Civil Veterinary Department Bengal reports 1933-51 - 1933-1951
Year: 1933
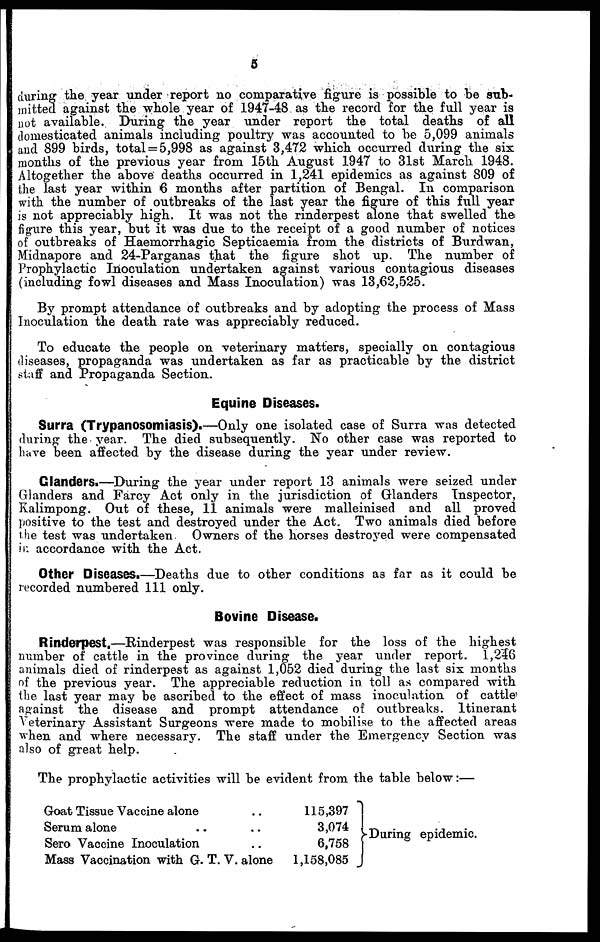
5
(luring the year under report no comparative figure is possible to be sub-
mitted against the whole year of 1947-48 as the record for the full year is
not available. During the year under report the total deaths of all
domesticated animals including poultry was accounted to be 5,099 animals
and 899 birds, total = 5,998 as against 3,472 which occurred during the six
months of the previous year from 15th August 1947 to 31st March 1948.
Altogether the above deaths occurred in 1,241 epidemics as against 809 of
the last year within 6 months after partition of Bengal. In comparison
with the number of outbreaks of the last year the figure of this full year
is not appreciably high. It was not the rinderpest alone that swelled the
figure this year, but it was due to the receipt of a good number of notices
of outbreaks of Haemorrhagic Septicaemia from the districts of Burdwan,
Midnapore and 24-Parganas that the figure shot up. The number of
Prophylactic Inoculation undertaken against various contagious diseases
(including fowl diseases and Mass Inoculation) was 13,62,525.
By prompt attendance of outbreaks and by adopting the process of Mass
Inoculation the death rate was appreciably reduced.
To educate the people on veterinary matters, specially on contagious
diseases, propaganda was undertaken as far as practicable by the district
staff and Propaganda Section.
Equine Diseases.
Surra (Trypanosomiasis).—Only one isolated case of Surra was detected
during the year. The died subsequently. No other case was reported to
have been affected by the disease during the year under review.
Glanders.—During the year under report 13 animals were seized under
Glanders and Farcy Act only in the jurisdiction of Glanders Inspector,
Kalimpong. Out of these, 11 animals were malleinised and all proved
positive to the test and destroyed under the Act. Two animals died before
the test was undertaken
Owners of the horses destroyed were compensated
in accordance with the Act.
Other Diseases.—Deaths due to other conditions as far as it could be
recorded numbered 111 only.
Bovine Disease.
Rinderpest.—Rinderpest was responsible for the loss of the highest
number of cattle in the province during the year under report. 1,236
animals died of rinderpest as against 1,052 died during the last six months
of the previous year. The appreciable reduction in toll as compared with
the last year may be ascribed to the effect of mass inoculation of cattle
against the disease and prompt attendance of outbreaks. Itinerant
Veterinary Assistant Surgeons were made to mobilise to the affected areas
when and where necessary. The staff under the Emergency Section was
also of great help.
The prophylactic activities will be evident from the table below :—
Goat Tissue Vaccine alone ..
Serum alone .. ..
Sero Vaccine Inoculation ..
Mass Vaccination with G. T. V. alone
115,397
3,074
6,758
1,158,085
During epidemic.